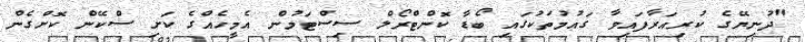
"ދުނިޔޭގެ ކުރިއަރާފައިވާ ގައުމުތަކުގައި ބޯޑާ ކޮންޓްރޯލް ސިސްޓަމުން އެމީހެއްގެ ކަށި ސްކޭން ކޮށްގެން